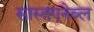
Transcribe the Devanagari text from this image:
सास्तएनेब्ल